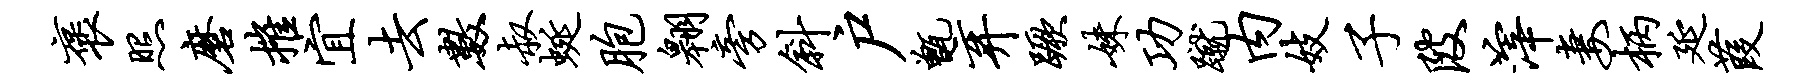
褒照磨摧宜去数叔蜒胞翱旁斜户甑弃蹶妹功蹴内妓子陂滓妻柄延葭